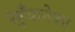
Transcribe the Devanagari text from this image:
पहुँचानेका